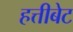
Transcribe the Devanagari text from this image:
हत्तीबेट